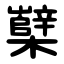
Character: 櫱